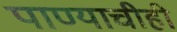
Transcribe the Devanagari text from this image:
पाण्याचीही